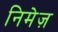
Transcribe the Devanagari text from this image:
निमेज़